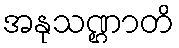
အနုသဏ္ဌာတိ